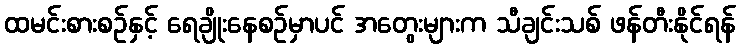
ထမင်းစားစဉ်နှင့် ရေချိုးနေစဉ်မှာပင် အတွေးများက သီချင်းသစ် ဖန်တီးနိုင်ရန်